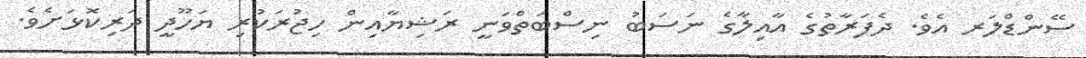
ސޭންޑްލަރ އެވެ. ދެފަރާތުގެ އާއިލާގެ ނަސަބު ނިސްބަތްވަނީ ރަޝިޔާއިން ހިޖުރަކުރި ޔަހޫދީ ދަރިކޮޅަށެވެ.